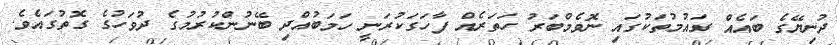
ދުނިޔޭގެ ބައެއް ގައުމުތަކުގައި ނޮވެމްބަރު ހަތަރެއް ފާހަގަކުރަނީ ހަމަބުއްދި ބޭނުންކުރުމުގެ ދުވަހުގެ ގޮތުގައެވެ.